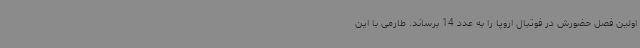
اولین فصل حضورش در فوتبال اروپا را به عدد 14 برساند. طارمی با این